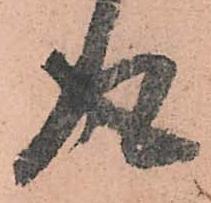
得